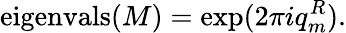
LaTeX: \mathrm{eigenvals}(M)=\exp(2\pi iq_{m}^{R}).